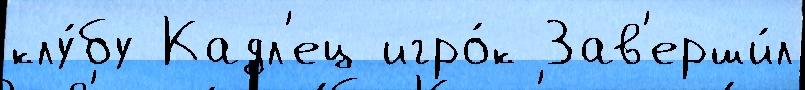
клу́бу Кадл'ец игро́к Зав'ерши́л